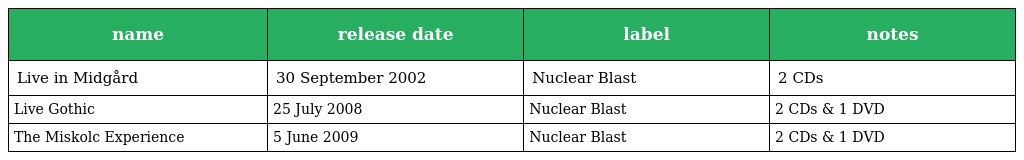
| name | release date | label | notes |
 | --- | --- | --- | --- |
 | Live in Midgård | 30 September 2002 | Nuclear Blast | 2 CDs |
 | Live Gothic | 25 July 2008 | Nuclear Blast | 2 CDs & 1 DVD |
 | The Miskolc Experience | 5 June 2009 | Nuclear Blast | 2 CDs & 1 DVD |